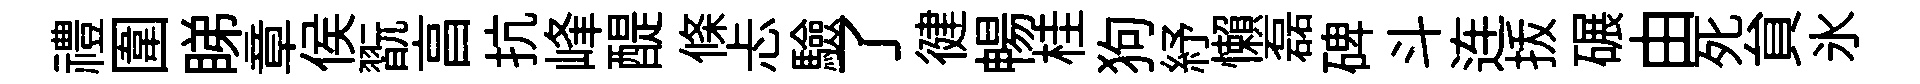
禮圍睇章侯翫亯抗峰醍條忐驗了徤暢桂狗紓懶磊碑斗连㧞碾由死貟氷